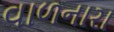
વાળનારા